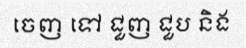
ចេញ ទៅ ជួញ ជួប និង